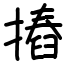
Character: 摏